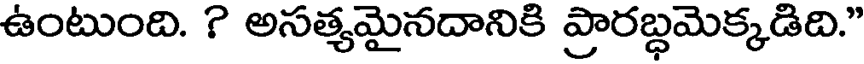
ఉంటుంది. ? అసత్యమైనదానికి ప్రారబ్ధమెక్కడిది."